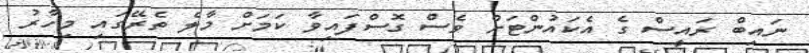
ނައިބް ރައީސް ގެ އެކައުންޓަށް ވެސް ގޮސްފައިވާ ކަމަށް މާލެ ތެރޭގައި މިހާރު